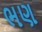
ભણ